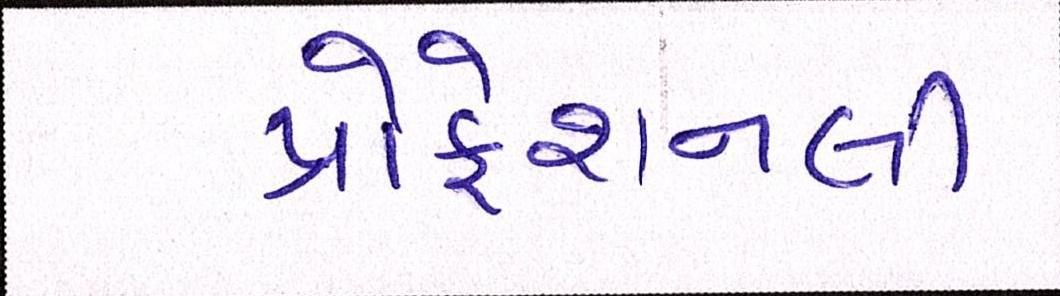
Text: પ્રોફેશનલી